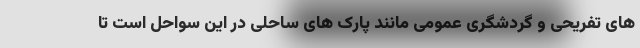
های تفریحی و گردشگری عمومی مانند پارک های ساحلی در این سواحل است تا